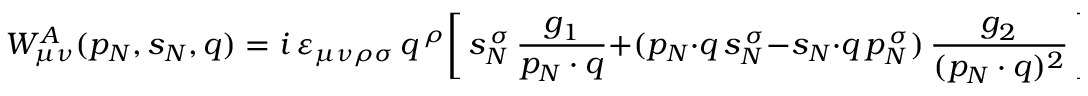
W _ { \mu \nu } ^ { A } ( p _ { N } , s _ { N } , q ) = i \, \varepsilon _ { \mu \nu \rho \sigma } \, q ^ { \, \rho } \bigg [ \, s _ { N } ^ { \, \sigma } \, \frac { g _ { 1 } } { p _ { N } \cdot q } + ( p _ { N } \cdot q \, s _ { N } ^ { \, \sigma } - s _ { N } \cdot q \, p _ { N } ^ { \, \sigma } ) \, \frac { g _ { 2 } } { ( p _ { N } \cdot q ) ^ { 2 } } \, \bigg ] .